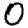
Digit: 0